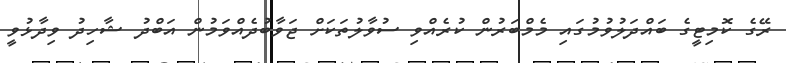
ރޭގެ ކޮމިޓީގެ ބައްދަލުވުމުގައި މެމްބަރުން ކުރެއްވި ސުވާލުތަކަށް ޖަވާބުދެއްވަމުން އަބްދު ޝާހިދު ވިދާޅުވީ